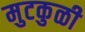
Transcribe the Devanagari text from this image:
मुटकुळी